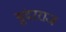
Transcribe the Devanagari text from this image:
सुंदरराज